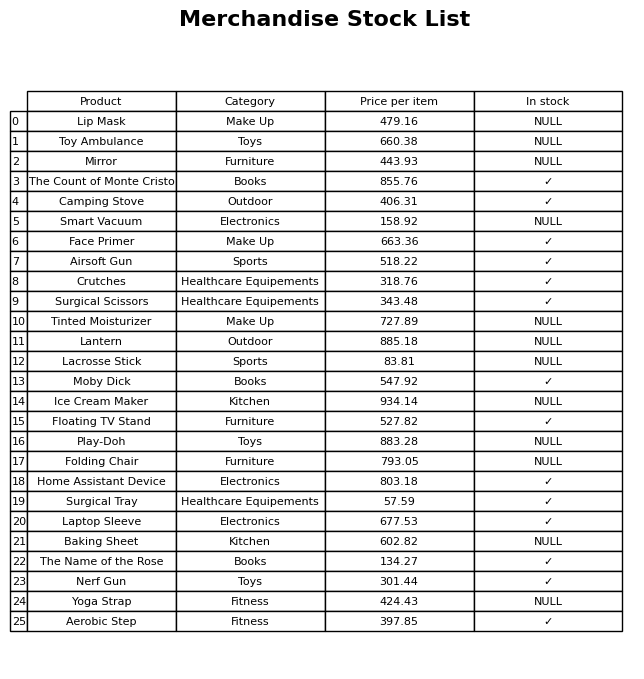
question: What is the price for Play-Doh?
answer: The price of Play-Doh is 883.28.